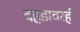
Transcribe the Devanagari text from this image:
दहडावरही